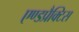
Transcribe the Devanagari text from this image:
एण्डप्रैक्टिस